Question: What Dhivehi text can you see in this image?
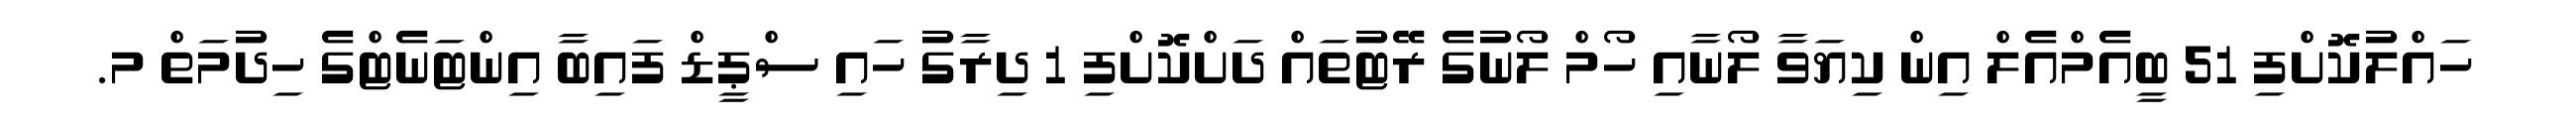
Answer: ހައްލުކޮށްފި 51 ބީއެމްއެލް އިން ކިޔަވާ ލޯނާއި ހޯމް ލޯނުގެ ރޭޓުތައް ދަށްކޮށްފި 1 ދިރާގު ހައި ސްޕީޑް ފައިބާ އިންޓަނެޓްގެ ހިދުމަތް މ.